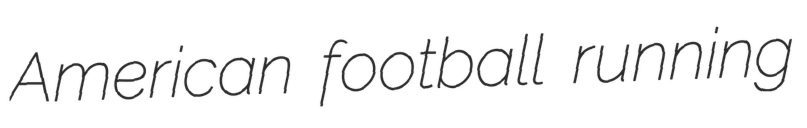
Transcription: American football running